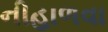
નીહાળવા